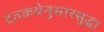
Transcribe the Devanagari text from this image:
दंतकथेनुसारसुद्धा